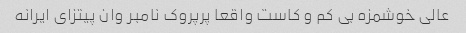
عالی خوشمزه بی کم و کاست واقعا پرپروک نامبر وان پیتزای ایرانه